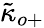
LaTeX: {\tilde{\kappa}}_{o+}